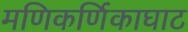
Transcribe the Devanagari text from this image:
मणिकर्णिकाघाट